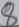
Text: 8